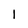
Character: 1